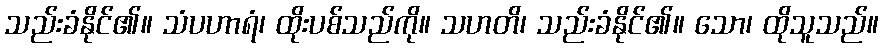
သည်းခံနိုင်၏။ သံပဟာရံ၊ ထိုးပစ်သည်ကို။ သဟတိ၊ သည်းခံနိုင်၏။ သော၊ ထိုသူသည်။